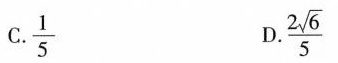
C.\frac{1}{5} D.\frac{2\sqrt{6}}{5}